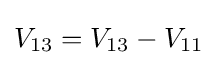
V_{13}=V_{13}-V_{11}